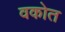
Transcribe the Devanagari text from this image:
वकोत